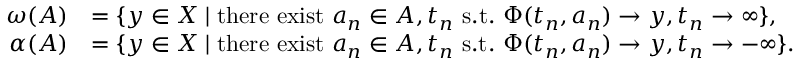
\begin{array} { r l } { \omega ( A ) } & { = \{ y \in X \mid \mathrm { t h e r e ~ e x i s t ~ } a _ { n } \in A , t _ { n } \mathrm { ~ s . t . ~ } \Phi ( t _ { n } , a _ { n } ) \to y , t _ { n } \to \infty \} , } \\ { \alpha ( A ) } & { = \{ y \in X \mid \mathrm { t h e r e ~ e x i s t ~ } a _ { n } \in A , t _ { n } \mathrm { ~ s . t . ~ } \Phi ( t _ { n } , a _ { n } ) \to y , t _ { n } \to - \infty \} . } \end{array}